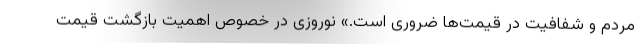
مردم و شفافیت در قیمت‌ها ضروری است.» نوروزی در خصوص اهمیت بازگشت قیمت